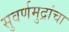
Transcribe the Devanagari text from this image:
सुवर्णमुद्रांचा